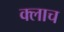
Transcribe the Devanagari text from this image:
क्लाच